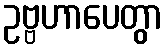
ဥဗ္ဗဟာပေတွာ